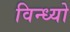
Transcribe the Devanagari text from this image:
विन्ध्यो